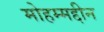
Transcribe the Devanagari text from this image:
मोहम्मद्दीन